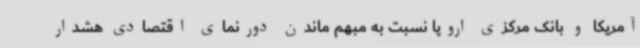
آمریکا و بانک مرکزی اروپا نسبت به مبهم ماندن دورنمای اقتصادی هشدار